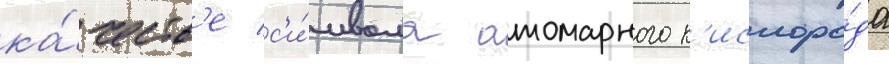
ка́честв'е с'и́мвола атомарного к'ислоро́да